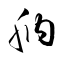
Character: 肭